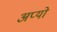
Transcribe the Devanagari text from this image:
अप्यो